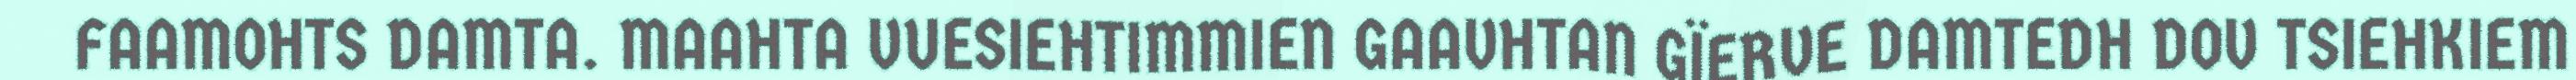
FAAMOHTS DAMTA. MAAHTA VUESIEHTIMMIEN GAAVHTAN GÏERVE DAMTEDH DOV TSIEHKIEM